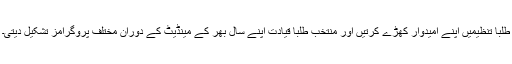
طلبا تنظیمیں اپنے امیدوار کھڑے کرتیں اور منتخب طلبا قیادت اپنے سال بھر کے مینڈیٹ کے دوران مختلف پروگرامز تشکیل دیتی۔